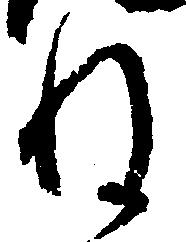
ね